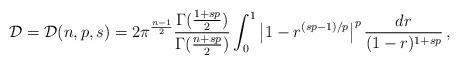
LaTeX: \begin{align*}\mathcal D = \mathcal D(n,p,s) = 2 \pi^{\frac{n-1}2} \frac{\Gamma(\frac{1+sp}2)}{\Gamma(\frac{n+sp}2)}\int_0^1 \left| 1 - r^{(sp-1)/p} \right|^p \frac{dr}{(1-r)^{1+sp}}\,,\end{align*}